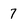
Character: 7